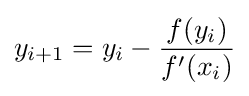
y_{i+1}=y_{i}-{\frac {f(y_{i})}{f'(x_{i})}}